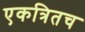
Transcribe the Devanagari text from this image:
एकत्रितच